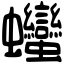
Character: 𧖣